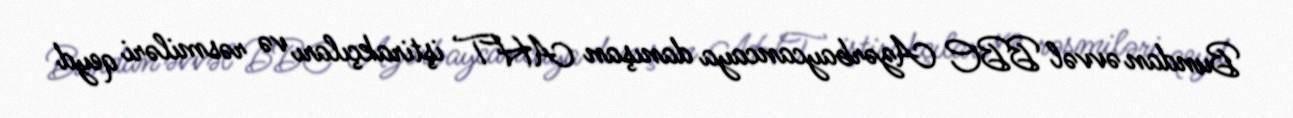
Bundan əvvəl BBC Azərbaycancaya danışan AHT iştirakçıları və rəsmiləri qeyd